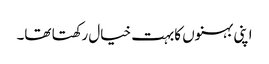
اپنی بہنوں کابہت خیال رکھتا تھا۔